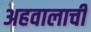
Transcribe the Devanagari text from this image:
अहवालाची